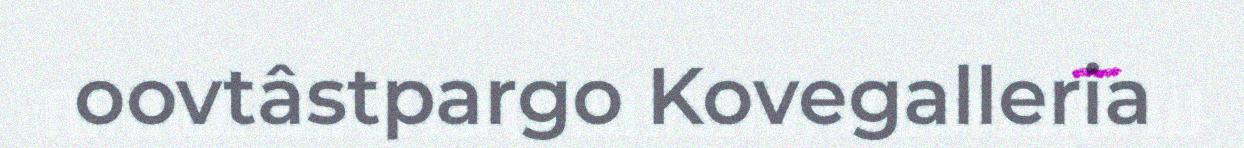
oovtâstpargo Kovegalleria